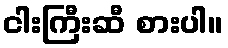
ငါးကြီးဆီ စားပါ။